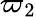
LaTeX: \varpi_{2}